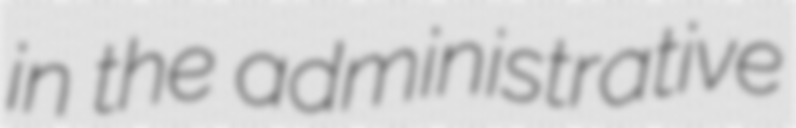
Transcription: in the administrative